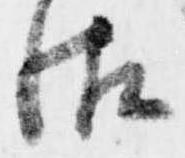
御